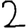
Digit: 2